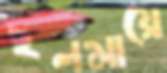
ছলমায়ে